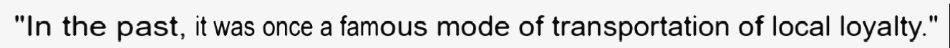
"In the past, it was once a famous mode of transportation of local loyalty."